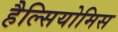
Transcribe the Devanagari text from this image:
हैल्सियोमिस